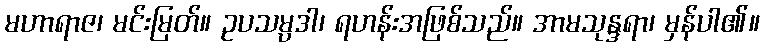
မဟာရာဇ၊ မင်းမြတ်။ ဥပသမ္ပဒါ၊ ရဟန်းအဖြစ်သည်။ အာမသုန္ဒရာ၊ မှန်ပါ၏။